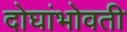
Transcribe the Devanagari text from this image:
दोघांभोवती